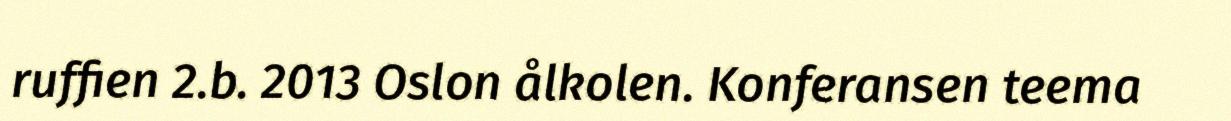
ruffien 2.b. 2013 Oslon ålkolen. Konferansen teema